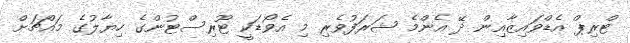
ޓްރިޕް އެޑްވައިޒާއިން ދޭ އެންމެ ޝަރަފުވެރި މި އެވޯޑަކީ ޓޫރިސްޓުންގެ ހިޔާލުގެ މައްޗަށް